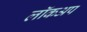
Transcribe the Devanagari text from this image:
लॉकअप